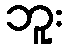
ဘူး